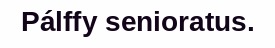
Pálffy senioratus.